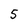
Character: 5